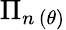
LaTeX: \Pi_{n\, (\theta)}